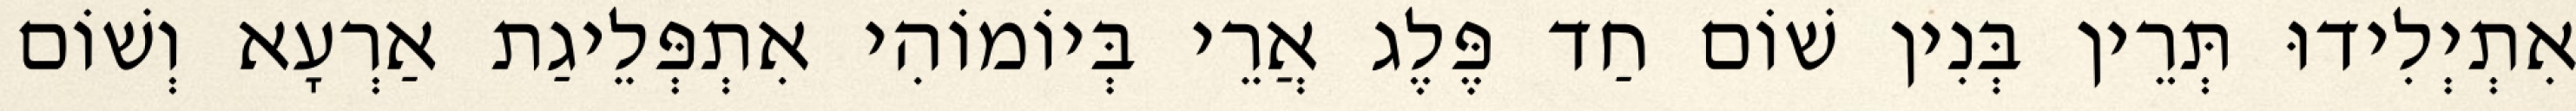
אִתְיְלִידוּ תְּרֵין בְּנִין שׁוֹם חַד פֶּלֶג אֲרֵי בְּיוֹמוֹהִי אִתְפְּלֵיגַת אַרְעָא וְשׁוֹם